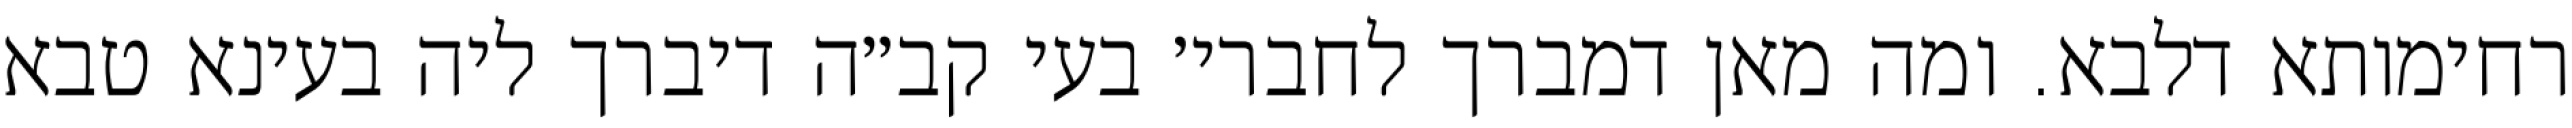
רחימותא דלבא. ומה מאן דמברך לחברי׳ בעי קב״ה דיברך ליה בעינא טבא